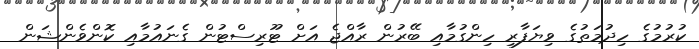
ކުރުމުގެ ހިދުމަތުގެ ވިޔަފާރި ހިންގުމާއި ބޭރުން ރާއްޖެ އަށް ޓޫރިސްޓުން ގެނައުމާއި ކޮންވެންޝަން